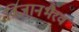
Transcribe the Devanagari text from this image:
विज्ञानभैरव